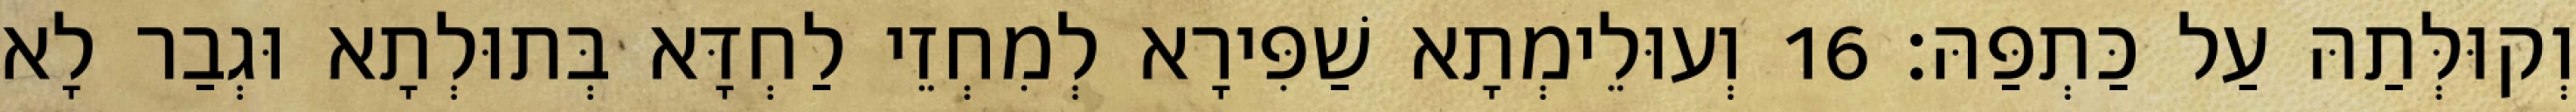
וְקוּלְּתַהּ עַל כַּתְפַּהּ׃ 16 וְעוּלֵימְתָא שַׁפִּירָא לְמִחְזֵי לַחְדָּא בְּתוּלְתָא וּגְבַר לָא